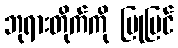
ဘုရားတိုက်ကို ပြုပြင်